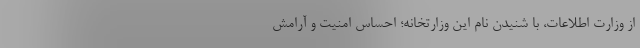
از وزارت اطلاعات، با شنیدن نام این وزارتخانه؛ احساس امنیت و آرامش